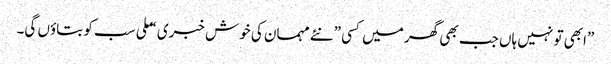
”ابھی تو نہیں ہاں جب بھی گھر میں کسی ”نئے مہمان کی خوش خبری “ ملی سب کو بتاوٴں گی۔